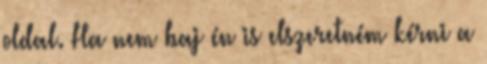
oldal. Ha nem baj én is elszeretném kérni a